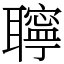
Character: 聹